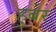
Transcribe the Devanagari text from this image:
हुबेर